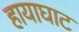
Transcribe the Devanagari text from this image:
हायाघाट